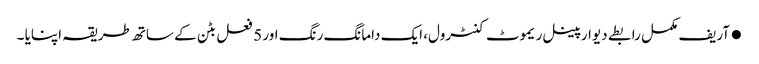
●آریف مکمل رابطے دیوار پینل ریموٹ کنٹرول، ایک دامانگ رنگ اور 5 فعل بٹن کے ساتھ طریقہ اپنایا ۔